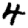
Digit: 4